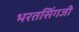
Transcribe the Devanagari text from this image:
भरतसिंगजी